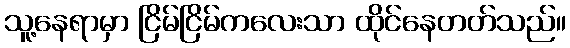
သူ့နေရာမှာ ငြိမ်ငြိမ်ကလေးသာ ထိုင်နေတတ်သည်။